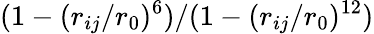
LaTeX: (1-(r_{ij}/r_{0})^{6})/(1-(r_{ij}/r_{0})^{12})